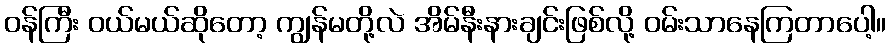
ဝန်ကြီး ဝယ်မယ်ဆိုတော့ ကျွန်မတို့လဲ အိမ်နီးနားချင်းဖြစ်လို့ ဝမ်းသာနေကြတာပေါ့။